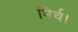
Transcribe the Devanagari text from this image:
मिर्च।